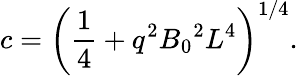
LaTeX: c={\left({\frac{1}{4}}+q^{2}{B_{0}}^{2}L^{4}\right)}^{1/4}.